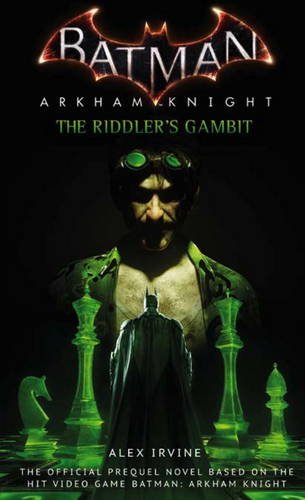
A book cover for Batman: Arkham Knight - The Riddler's Gambit; Alex Irvine; Science Fiction & Fantasy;